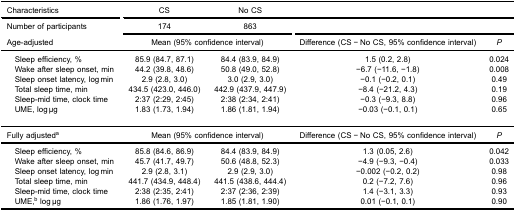
| Characteristics | CS | No CS |  |  |
 | <ROWSPAN=2> Number of participants | 174 | 863 |  |  |
 | Age-adjusted | <COLSPAN=2> Mean (95% confidence interval) | Difference (CS − No CS, 95% confidence interval) | P |
 | --- | --- | --- | --- | --- |
 | Sleep efficiency, % | 85.9 (84.7, 87.1) | 84.4 (83.9, 84.9) | 1.5 (0.2, 2.8) | 0.024 |
 | Wake after sleep onset, min | 44.2 (39.8, 48.6) | 50.8 (49.0, 52.8) | −6.7 (−11.6, −1.8) | 0.008 |
 | Sleep onset latency, log min | 2.9 (2.8, 3.0) | 3.0 (2.9, 3.0) | −0.1 (−0.2, 0.1) | 0.49 |
 | Total sleep time, min | 434.5 (423.0, 446.0) | 442.9 (437.9, 447.9) | −8.4 (−21.2, 4.3) | 0.19 |
 | Sleep-mid time, clock time | 2:37 (2:29, 2:45) | 2:38 (2:34, 2:41) | −0.3 (−9.3, 8.8) | 0.96 |
 | UME, log μg | 1.83 (1.73, 1.94) | 1.86 (1.81, 1.94) | −0.03 (−0.1, 0.1) | 0.65 |
 | Fully adjusteda | <COLSPAN=2> Mean (95% confidence interval) | Difference (CS − No CS, 95% confidence interval) | P |
 | Sleep efficiency, % | 85.8 (84.6, 86.9) | 84.4 (83.9, 84.9) | 1.3 (0.05, 2.6) | 0.042 |
 | Wake after sleep onset, min | 45.7 (41.7, 49.7) | 50.6 (48.8, 52.3) | −4.9 (−9.3, −0.4) | 0.033 |
 | Sleep onset latency, log min | 2.9 (2.8, 3.1) | 2.9 (2.9, 3.0) | −0.002 (−0.2, 0.2) | 0.98 |
 | Total sleep time, min | 441.7 (434.9, 448.4) | 441.5 (438.6, 444.4) | 0.2 (−7.2, 7.6) | 0.96 |
 | Sleep-mid time, clock time | 2:38 (2:35, 2:41) | 2:37 (2:36, 2:39) | 1.4 (−3.1, 3.3) | 0.93 |
 | UME,b log μg | 1.86 (1.76, 1.97) | 1.85 (1.81, 1.90) | 0.01 (−0.1, 0.1) | 0.90 |